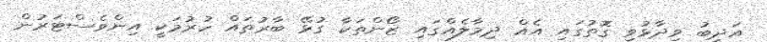
އަދީބު ވިދާޅުވި ގޮތުގައި އެއް ދިމާލެއްގައި ޒޯންތަކާ ގުޅޭ ބާރުތައް ހުރުމަކީ އިންވެސްޓަރުން